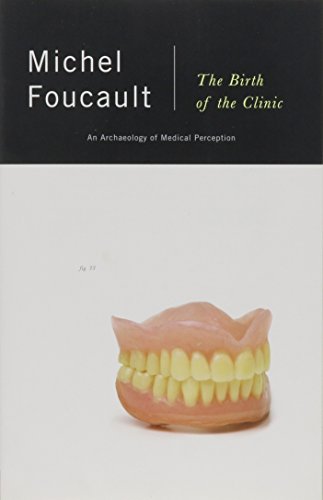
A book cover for The Birth of the Clinic: An Archaeology of Medical Perception; Michel Foucault; Politics & Social Sciences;